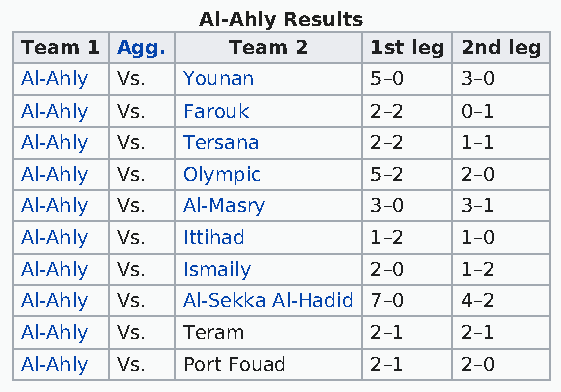
Al-Ahly Results
 Team 1 Agg.   Team 2   1st leg 2nd leg
 Al-Ahly Vs. Younan     5–0   3–0
 Al-Ahly Vs. Farouk     2–2   0–1
 Al-Ahly Vs. Tersana    2–2   1–1
 Al-Ahly Vs. Olympic    5–2   2–0
 Al-Ahly Vs. Al-Masry   3–0   3–1
 Al-Ahly Vs. Ittihad    1–2   1–0
 Al-Ahly Vs. Ismaily    2–0   1–2
 Al-Ahly Vs. Al-Sekka Al-Hadid 7–0 4–2
 Al-Ahly Vs. Teram      2–1   2–1
 Al-Ahly Vs. Port Fouad 2–1   2–0